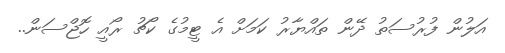
އަލުން ފުރުސަތު ދޭން ތައްޔާރު ކަމަށް އެ ޓީމުގެ ކޯޗު ރޯއީ ހޮޖްސަން..